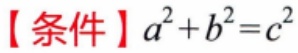
【条件】\(a^{2}+b^{2}=c^{2}\)